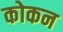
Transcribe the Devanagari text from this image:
कोकन